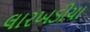
લારખડીયા